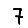
Digit: 7